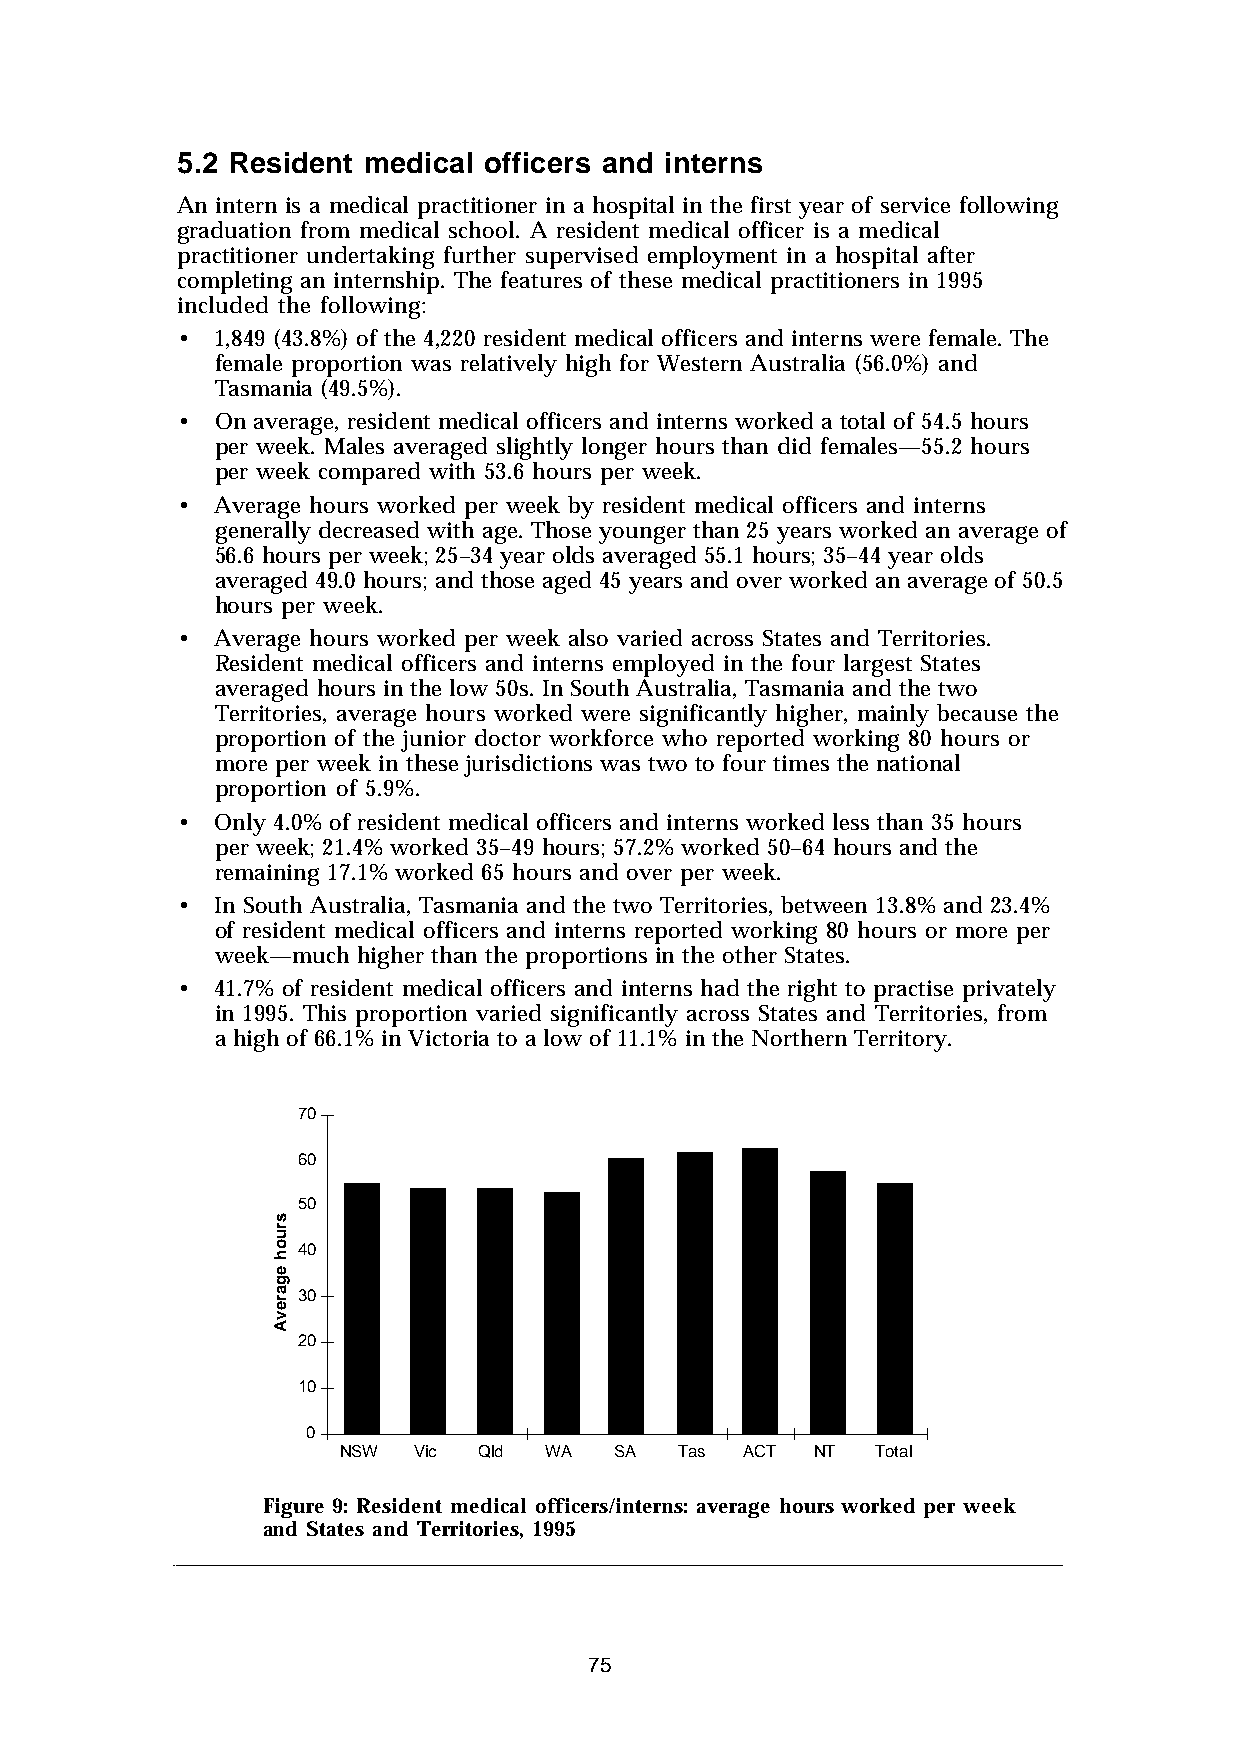
5.2 Resident medical officers and interns
 An intern is a medical practitioner in a hospital in the first year of service following
 graduation from medical school. A resident medical officer is a medical
 practitioner undertaking further supervised employment in a hospital after
 completing an internship. The features of these medical practitioners in 1995
 included the following:
 • 1,849 (43.8%) of the 4,220 resident medical officers and interns were female. The
 female proportion was relatively high for Western Australia (56.0%) and
 Tasmania (49.5%).
 • On average, resident medical officers and interns worked a total of 54.5 hours
 per week. Males averaged slightly longer hours than did females—55.2 hours
 per week compared with 53.6 hours per week.
 • Average hours worked per week by resident medical officers and interns
 generally decreased with age. Those younger than 25 years worked an average of
 56.6 hours per week; 25–34 year olds averaged 55.1 hours; 35–44 year olds
 averaged 49.0 hours; and those aged 45 years and over worked an average of 50.5
 hours per week.
 • Average hours worked per week also varied across States and Territories.
 Resident medical officers and interns employed in the four largest States
 averaged hours in the low 50s. In South Australia, Tasmania and the two
 Territories, average hours worked were significantly higher, mainly because the
 proportion of the junior doctor workforce who reported working 80 hours or
 more per week in these jurisdictions was two to four times the national
 proportion of 5.9%.
 • Only 4.0% of resident medical officers and interns worked less than 35 hours
 per week; 21.4% worked 35–49 hours; 57.2% worked 50–64 hours and the
 remaining 17.1% worked 65 hours and over per week.
 • In South Australia, Tasmania and the two Territories, between 13.8% and 23.4%
 of resident medical officers and interns reported working 80 hours or more per
 week—much higher than the proportions in the other States.
 • 41.7% of resident medical officers and interns had the right to practise privately
 in 1995. This proportion varied significantly across States and Territories, from
 a high of 66.1% in Victoria to a low of 11.1% in the Northern Territory.
 70
 60
 50
 40
 30
 20
 10
 0
 NSW  Vic  Qld WA   SA  Tas ACT  NT  Total
 Figure 9: Resident medical officers/interns: average hours worked per week
 and States and Territories, 1995
 75
 sruoh
 egarevA